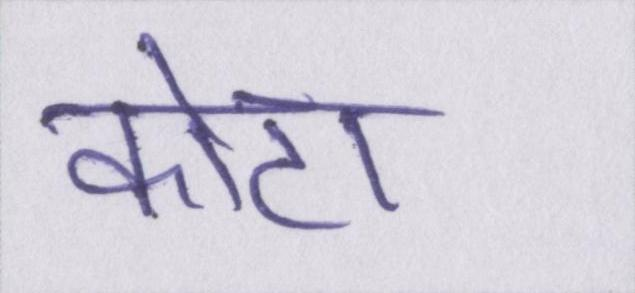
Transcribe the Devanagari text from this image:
कोटा